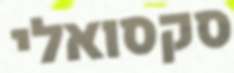
סקסואלי